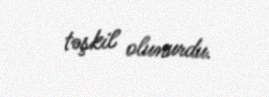
təşkil olunurdu.